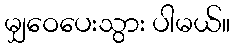
မျှဝေပေးသွား ပါမယ်။